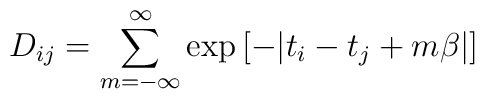
D_{ij}=\sum_{m=-\infty}^{\infty} \exp\left[-|t_{i}-t_{j} + m\beta|\right]